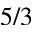
5 / 3